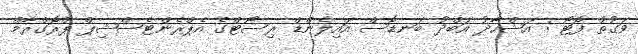
ވަގުތު ފޮޓޯ : އަޝްހާދު އަބްދު ބަނޑޮސް އައިލެންޑް ރިސޯޓްގެ އެޕްރެންޓެސްޝިޕް ޕްރޮގްރާމް